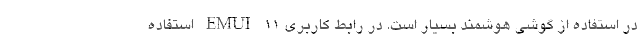
در استفاده از گوشی هوشمند بسیار است. در رابط کاربری EMUI 11 استفاده